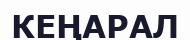
КЕҢАРАЛ